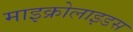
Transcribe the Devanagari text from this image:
माइक्रोलाइडस